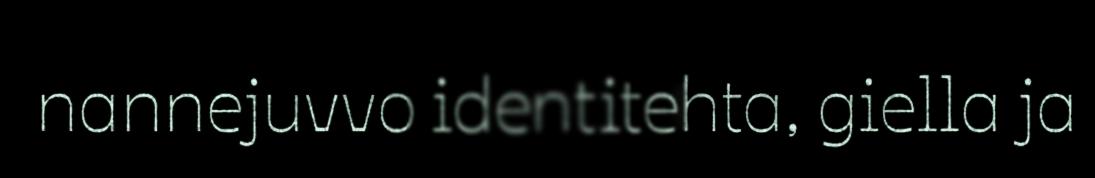
nannejuvvo identitehta, giella ja